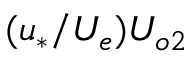
( u _ { * } / U _ { e } ) U _ { o 2 }